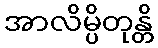
အာလိမ္ပိတုန္တိ